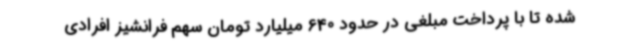
شده تا با پرداخت مبلغی در حدود 640 میلیارد تومان سهم فرانشیز افرادی